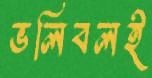
ভলিবলই